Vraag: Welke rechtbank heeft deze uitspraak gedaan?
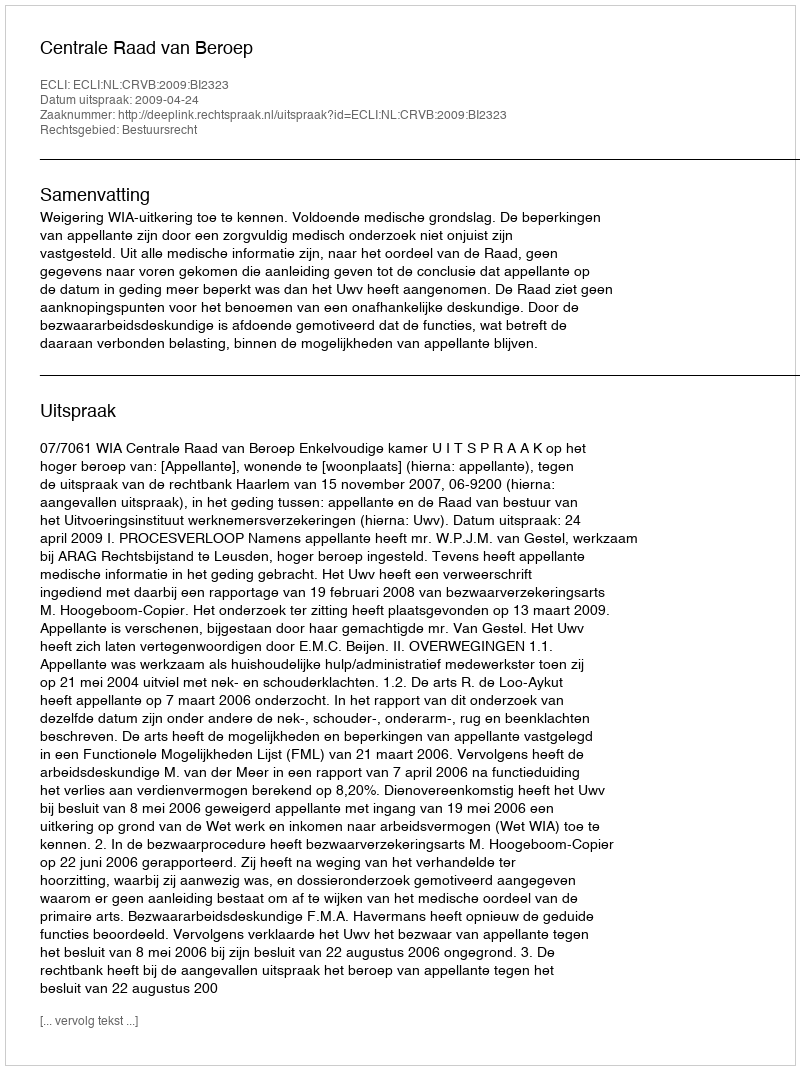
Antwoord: Centrale Raad van Beroep